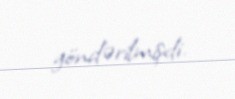
göndərilmişdi.